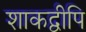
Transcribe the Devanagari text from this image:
शाकद्वीपि